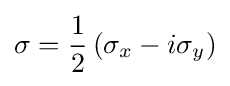
\sigma ={\frac {1}{2}}\left(\sigma _{x}-i\sigma _{y}\right)